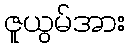
ဇူယွမ်အား